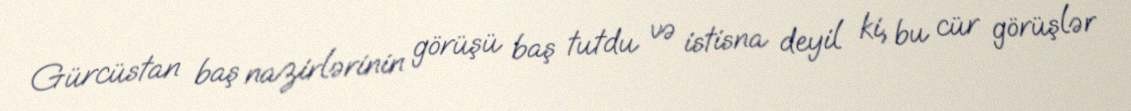
Gürcüstan baş nazirlərinin görüşü baş tutdu və istisna deyil ki, bu cür görüşlər